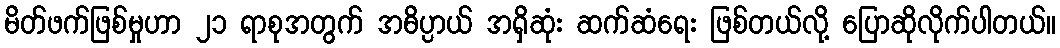
မိတ်ဖက်ဖြစ်မှုဟာ ၂၁ ရာစုအတွက် အဓိပ္ပာယ် အရှိဆုံး ဆက်ဆံရေး ဖြစ်တယ်လို့ ပြောဆိုလိုက်ပါတယ်။